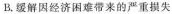
B.缓解因经济困难带来的严重损失